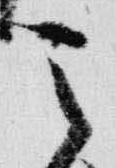
天